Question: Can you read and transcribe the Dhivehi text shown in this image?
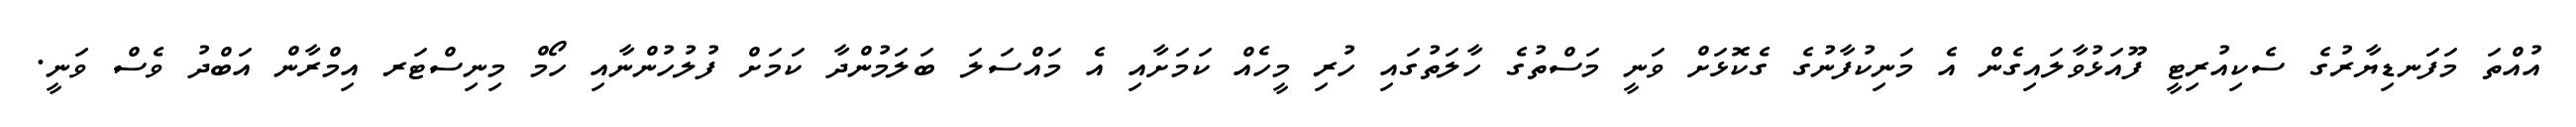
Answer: އުއްތަ މަފަނޑިޔާރުގެ ސެކިއުރިޓީ ފޫއަޅުވާލައިގެން އެ މަނިކުފާނުގެ ގެކޮޅަށް ވަނީ މަސްތުގެ ހާލަތުގައި ހުރި މީހެއް ކަމަށާއި އެ މައްސަލަ ބަލަމުންދާ ކަމަށް ފުލުހުންނާއި ހޯމް މިނިސްޓަރ އިމްރާން އަބްދު ވެސް ވަނީ.